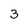
Character: 3